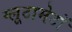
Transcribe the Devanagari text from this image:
ग्लूटामेटों